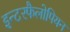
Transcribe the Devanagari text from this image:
इन्टरफैलोपियन